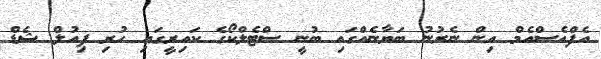
އެފްއެސްއެމް އިން ނެރުނު ބަޔާނެއްގައި ބުނީ ސްޓެލްކޯގެ ކައިރީގައި ހުރި ފިއުލް ޝެޑް